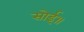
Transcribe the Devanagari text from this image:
सोई॥